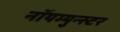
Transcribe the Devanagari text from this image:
नॉयम्युन्स्टर